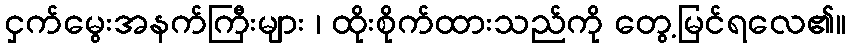
ငှက်မွေးအနက်ကြီးများ ၊ ထိုးစိုက်ထားသည်ကို တွေ့မြင်ရလေ၏။